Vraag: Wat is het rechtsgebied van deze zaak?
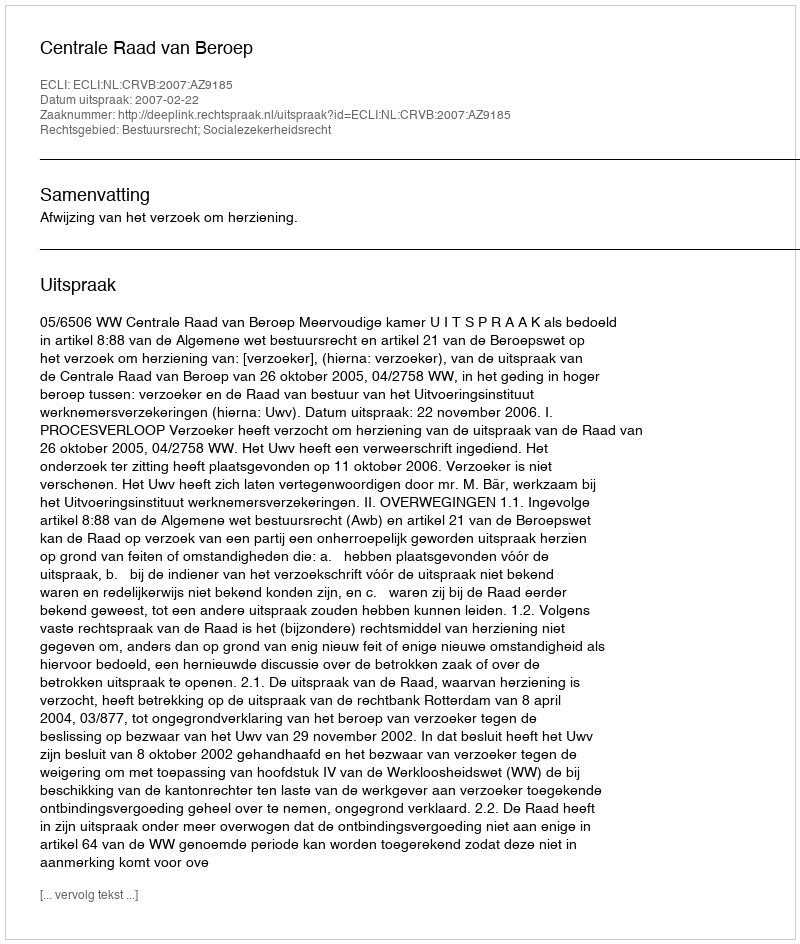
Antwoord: Bestuursrecht; Socialezekerheidsrecht